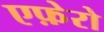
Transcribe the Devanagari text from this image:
एफ़ेरो